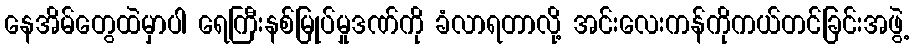
နေအိမ်တွေထဲမှာပါ ရေကြီးနစ်မြုပ်မှုဒဏ်ကို ခံလာရတာလို့ အင်းလေးကန်ကိုကယ်တင်ခြင်းအဖွဲ့